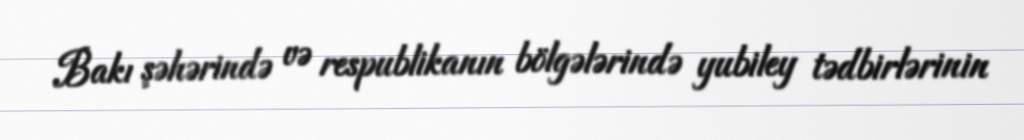
Bakı şəhərində və respublikanın bölgələrində yubiley tədbirlərinin